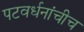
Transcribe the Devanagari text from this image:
पटवर्धनांचीच